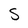
Character: S